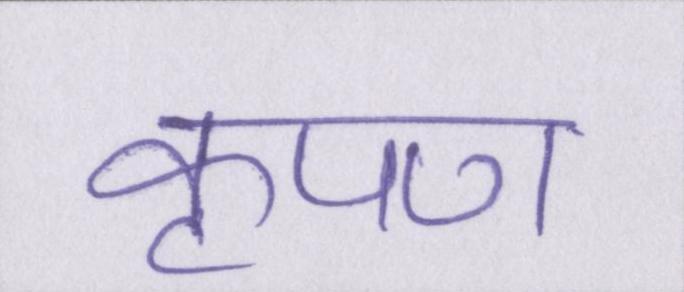
कृपण